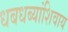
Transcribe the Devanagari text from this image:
धबधब्यांशिवाय